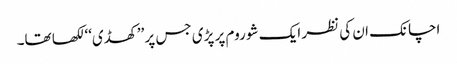
اچانک ان کی نظر ایک شو روم پر پڑی جس پر ’’کھڈی‘‘ لکھا تھا۔